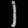
Digit: ၂